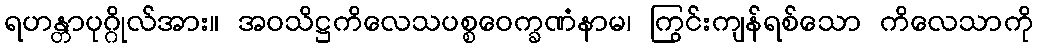
ရဟန္တာပုဂ္ဂိုလ်အား။ အဝသိဋ္ဌကိလေသပစ္စဝေက္ခဏံနာမ၊ ကြွင်းကျန်ရစ်သော ကိလေသာကို